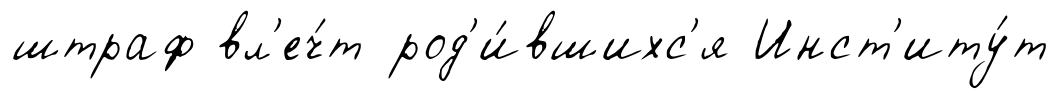
штраф вл'еч́т род'и́вшихс'я Инст'иту́т